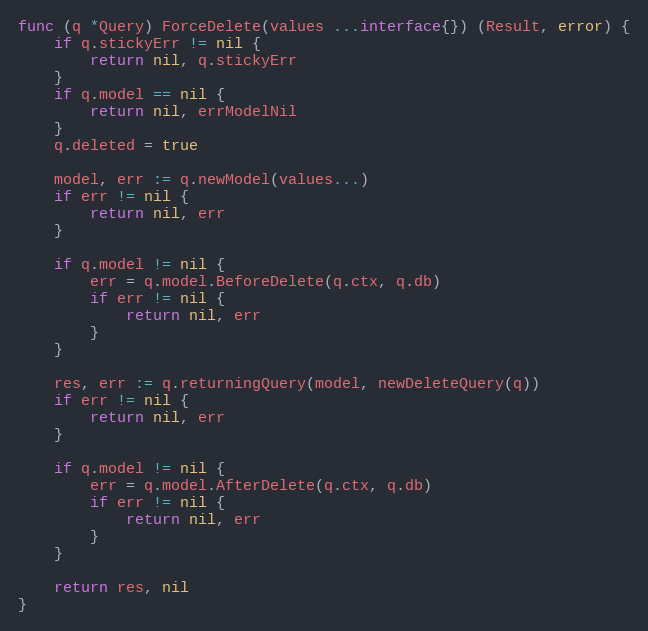
Language: Go
func (q *Query) ForceDelete(values ...interface{}) (Result, error) {
	if q.stickyErr != nil {
		return nil, q.stickyErr
	}
	if q.model == nil {
		return nil, errModelNil
	}
	q.deleted = true

	model, err := q.newModel(values...)
	if err != nil {
		return nil, err
	}

	if q.model != nil {
		err = q.model.BeforeDelete(q.ctx, q.db)
		if err != nil {
			return nil, err
		}
	}

	res, err := q.returningQuery(model, newDeleteQuery(q))
	if err != nil {
		return nil, err
	}

	if q.model != nil {
		err = q.model.AfterDelete(q.ctx, q.db)
		if err != nil {
			return nil, err
		}
	}

	return res, nil
}